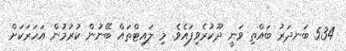
534 ބަނދަރު ބައްތި ވަނީ ދޫކުރެވިފައެވެ. މި ލައިޓްތައް ބޭނުން ކުރުމުން އަހަރަކަށް